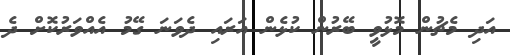
އަދި މެޗުން މޮޅުވީ ބޭރުން ކުޅެން އަރައި ދެވަނަ ގޭމު އެއްވަރުކޮށް ދެ